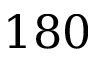
1 8 0